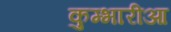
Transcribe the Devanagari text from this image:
कुम्भारीआ